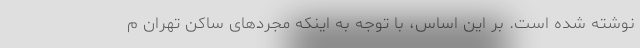
نوشته شده است. بر این اساس، با توجه به اینکه مجردهای ساکن تهران م